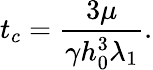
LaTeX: t_{c}=\frac{3\mu}{\gamma h_{0}^{3}\lambda_{1}}.